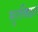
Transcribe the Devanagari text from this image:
सुरक्छित